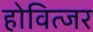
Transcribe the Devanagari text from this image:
होवित्जर